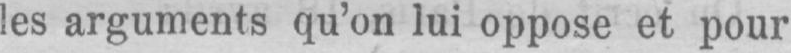
les arguments qu’on lui oppose et pour